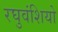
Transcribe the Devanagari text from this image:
रघुवंशियो